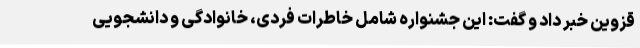
قزوین خبر داد و گفت: این جشنواره شامل خاطرات فردی، خانوادگی و دانشجویی